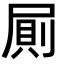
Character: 𭕤